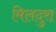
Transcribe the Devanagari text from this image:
मिलदुरा